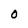
Character: O